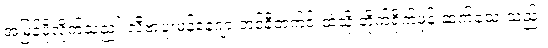
အမြန်ပို့လိုက်သည။် လီဗာပူးမန်နေဂျာ ဘင်နီတက်ဇ် ထံသို့ တိုက်ရိုက်ဖုန်းဆက်သေးသည်။